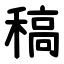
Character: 稿